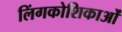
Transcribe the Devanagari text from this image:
लिंगकोशिकाओं